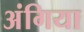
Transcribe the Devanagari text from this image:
अंगिया